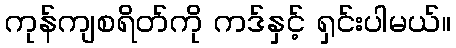
ကုန်ကျစရိတ်ကို ကဒ်နှင့် ရှင်းပါမယ်။